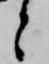
と